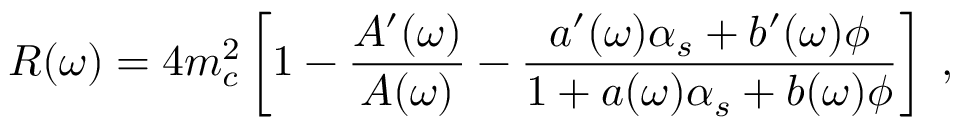
{ \cal { R } } ( \omega ) = 4 m _ { c } ^ { 2 } \left[ 1 - \frac { A ^ { \prime } ( \omega ) } { A ( \omega ) } - \frac { a ^ { \prime } ( \omega ) \alpha _ { s } + b ^ { \prime } ( \omega ) \phi } { 1 + a ( \omega ) \alpha _ { s } + b ( \omega ) \phi } \right] \; ,